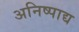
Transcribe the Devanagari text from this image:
अनिष्पाद्य